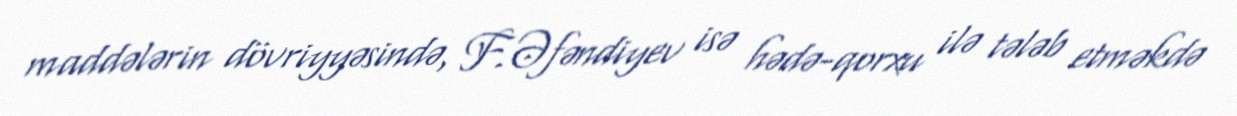
maddələrin dövriyyəsində, F.Əfəndiyev isə hədə-qorxu ilə tələb etməkdə